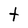
Character: t